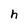
Character: h